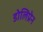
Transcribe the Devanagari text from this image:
डोलिप्रेन